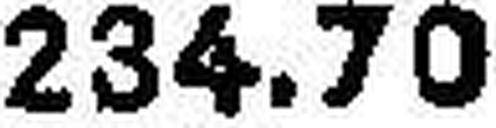
234.70